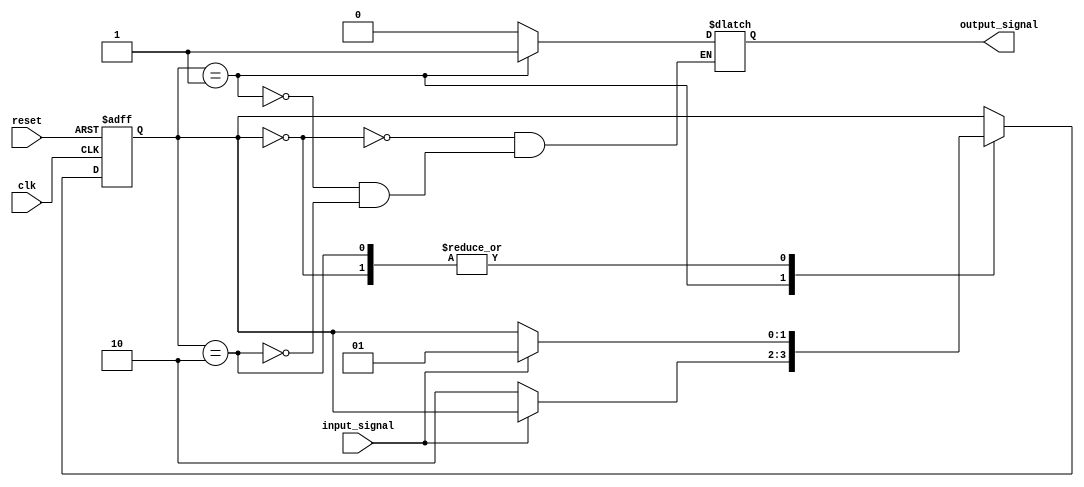
module moore_state_machine (
    input wire clk,
    input wire reset,
    input wire input_signal,
    output reg output_signal
);

// State variables
reg [1:0] state;
parameter S0 = 2'b00;
parameter S1 = 2'b01;
parameter S2 = 2'b10;
// Define state transition conditions
always @(posedge clk or posedge reset) begin
    if (reset) begin
        state <= S0;
    end else begin
        case (state)
            S0: begin
                if (input_signal) begin
                    state <= S1;
                end
            end
            S1: begin
                if (!input_signal) begin
                    state <= S2;
                end
            end
            S2: begin
                if (input_signal) begin
                    state <= S1;
                end
            end
        endcase
    end
end

// Output logic
always @(state) begin
    case (state)
        S0: output_signal = 1'b0; // Output for state S0
        S1: output_signal = 1'b1; // Output for state S1
        S2: output_signal = 1'b0; // Output for state S2
    endcase
end

endmodule